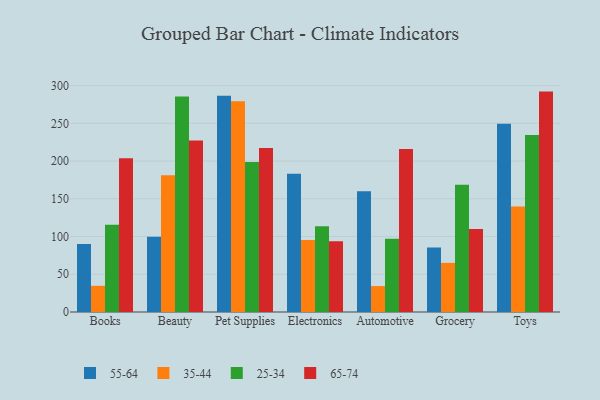
{"axis": {"x": "Category", "y": "LTV (USD)"}, "legend": ["25-34", "35-44", "55-64", "65-74"], "data": [{"x": "Books", "y": 90.2, "type": "55-64"}, {"x": "Books", "y": 34.7, "type": "35-44"}, {"x": "Books", "y": 115.6, "type": "25-34"}, {"x": "Books", "y": 203.8, "type": "65-74"}, {"x": "Beauty", "y": 99.6, "type": "55-64"}, {"x": "Beauty", "y": 181.1, "type": "35-44"}, {"x": "Beauty", "y": 285.4, "type": "25-34"}, {"x": "Beauty", "y": 227.2, "type": "65-74"}, {"x": "Pet Supplies", "y": 286.5, "type": "55-64"}, {"x": "Pet Supplies", "y": 279.1, "type": "35-44"}, {"x": "Pet Supplies", "y": 198.8, "type": "25-34"}, {"x": "Pet Supplies", "y": 217.3, "type": "65-74"}, {"x": "Electronics", "y": 183.1, "type": "55-64"}, {"x": "Electronics", "y": 95.5, "type": "35-44"}, {"x": "Electronics", "y": 113.6, "type": "25-34"}, {"x": "Electronics", "y": 93.7, "type": "65-74"}, {"x": "Automotive", "y": 160.1, "type": "55-64"}, {"x": "Automotive", "y": 34.4, "type": "35-44"}, {"x": "Automotive", "y": 97.2, "type": "25-34"}, {"x": "Automotive", "y": 216.0, "type": "65-74"}, {"x": "Grocery", "y": 85.3, "type": "55-64"}, {"x": "Grocery", "y": 65.1, "type": "35-44"}, {"x": "Grocery", "y": 168.6, "type": "25-34"}, {"x": "Grocery", "y": 109.8, "type": "65-74"}, {"x": "Toys", "y": 249.3, "type": "55-64"}, {"x": "Toys", "y": 139.9, "type": "35-44"}, {"x": "Toys", "y": 234.5, "type": "25-34"}, {"x": "Toys", "y": 292.0, "type": "65-74"}]}